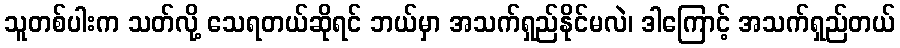
သူတစ်ပါးက သတ်လို့ သေရတယ်ဆိုရင် ဘယ်မှာ အသက်ရှည်နိုင်မလဲ၊ ဒါကြောင့် အသက်ရှည်တယ်